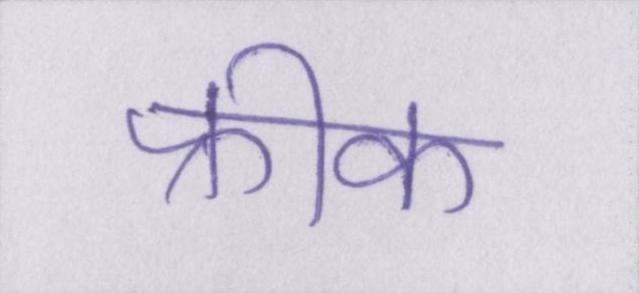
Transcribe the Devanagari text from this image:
फ्रीक